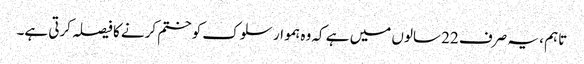
تاہم ، یہ صرف 22 سالوں میں ہے کہ وہ ہموار سلوک کو ختم کرنے کا فیصلہ کرتی ہے۔